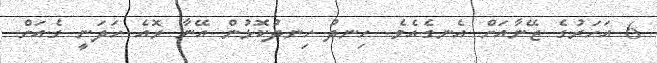
6 އަހަރުގެ ޒޭނާއަށް އެނގެއެވެ. ހިނދު ހިނދުކޮޅުން އޭނާ ރޮއެ ހަދަނީ ގެއަށް